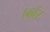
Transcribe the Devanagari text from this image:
।बर्बर